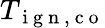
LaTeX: T_{\mathrm{~i~g~n~,~c~o~}}